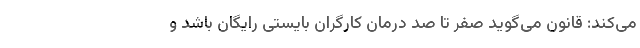
می‌کند: قانون می‌گوید صفر تا صد درمان کارگران بایستی رایگان باشد و